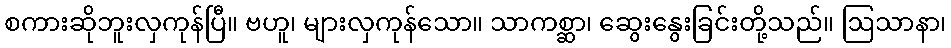
စကားဆိုဘူးလှကုန်ပြီ။ ဗဟူ၊ များလှကုန်သော။ သာကစ္ဆာ၊ ဆွေးနွေးခြင်းတို့သည်။ ဩသာနာ၊